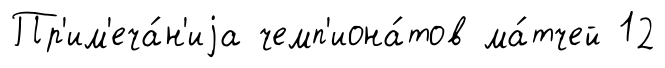
Пр'им'еча́н'иjа чемп'иона́тов ма́тчей 12